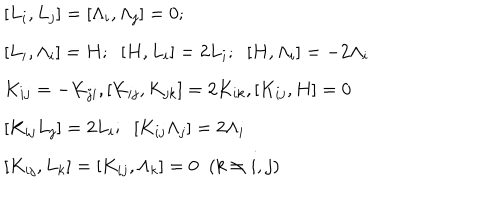
LaTeX: \begin{array} { l } { { { } [ L _ { i } , L _ { j } ] = [ \Lambda _ { i } , \Lambda _ { j } ] = 0 ; \; \; } } \\ { { [ L _ { i } , \Lambda _ { i } ] = H ; \; \; [ H , L _ { i } ] = 2 L _ { i } ; \; \; [ H , \Lambda _ { i } ] = - 2 \Lambda _ { i } } } \\ { { { } K _ { i j } = - K _ { j i } , [ K _ { i j } , K _ { j k } ] = 2 K _ { i k } , [ K _ { i j } , H ] = 0 } } \\ { { { } [ K _ { i j } L _ { j } ] = 2 L _ { i } ; \; \; [ K _ { i j } \Lambda _ { j } ] = 2 \Lambda _ { i } } } \\ { { { } [ K _ { i j } , L _ { k } ] = [ K _ { i j } , \Lambda _ { k } ] = 0 \; \; ( k \neq i , j ) } } \\ \end{array}